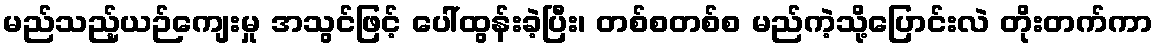
မည်သည့်ယဉ်ကျေးမှု အသွင်ဖြင့် ပေါ်ထွန်းခဲ့ပြီး၊ တစ်စတစ်စ မည်ကဲ့သို့ပြောင်းလဲ တိုးတက်ကာ